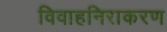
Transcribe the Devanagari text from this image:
विवाहनिराकरण